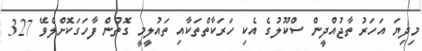
މިދިޔަ އަހަރު ތާޖުއްދީން ސްކޫލުގެ އެކި ހަރަކާތްތަކާއި ތައުލީމީ ގޮތުން ފާހަގަކޮށްލެވޭ 327